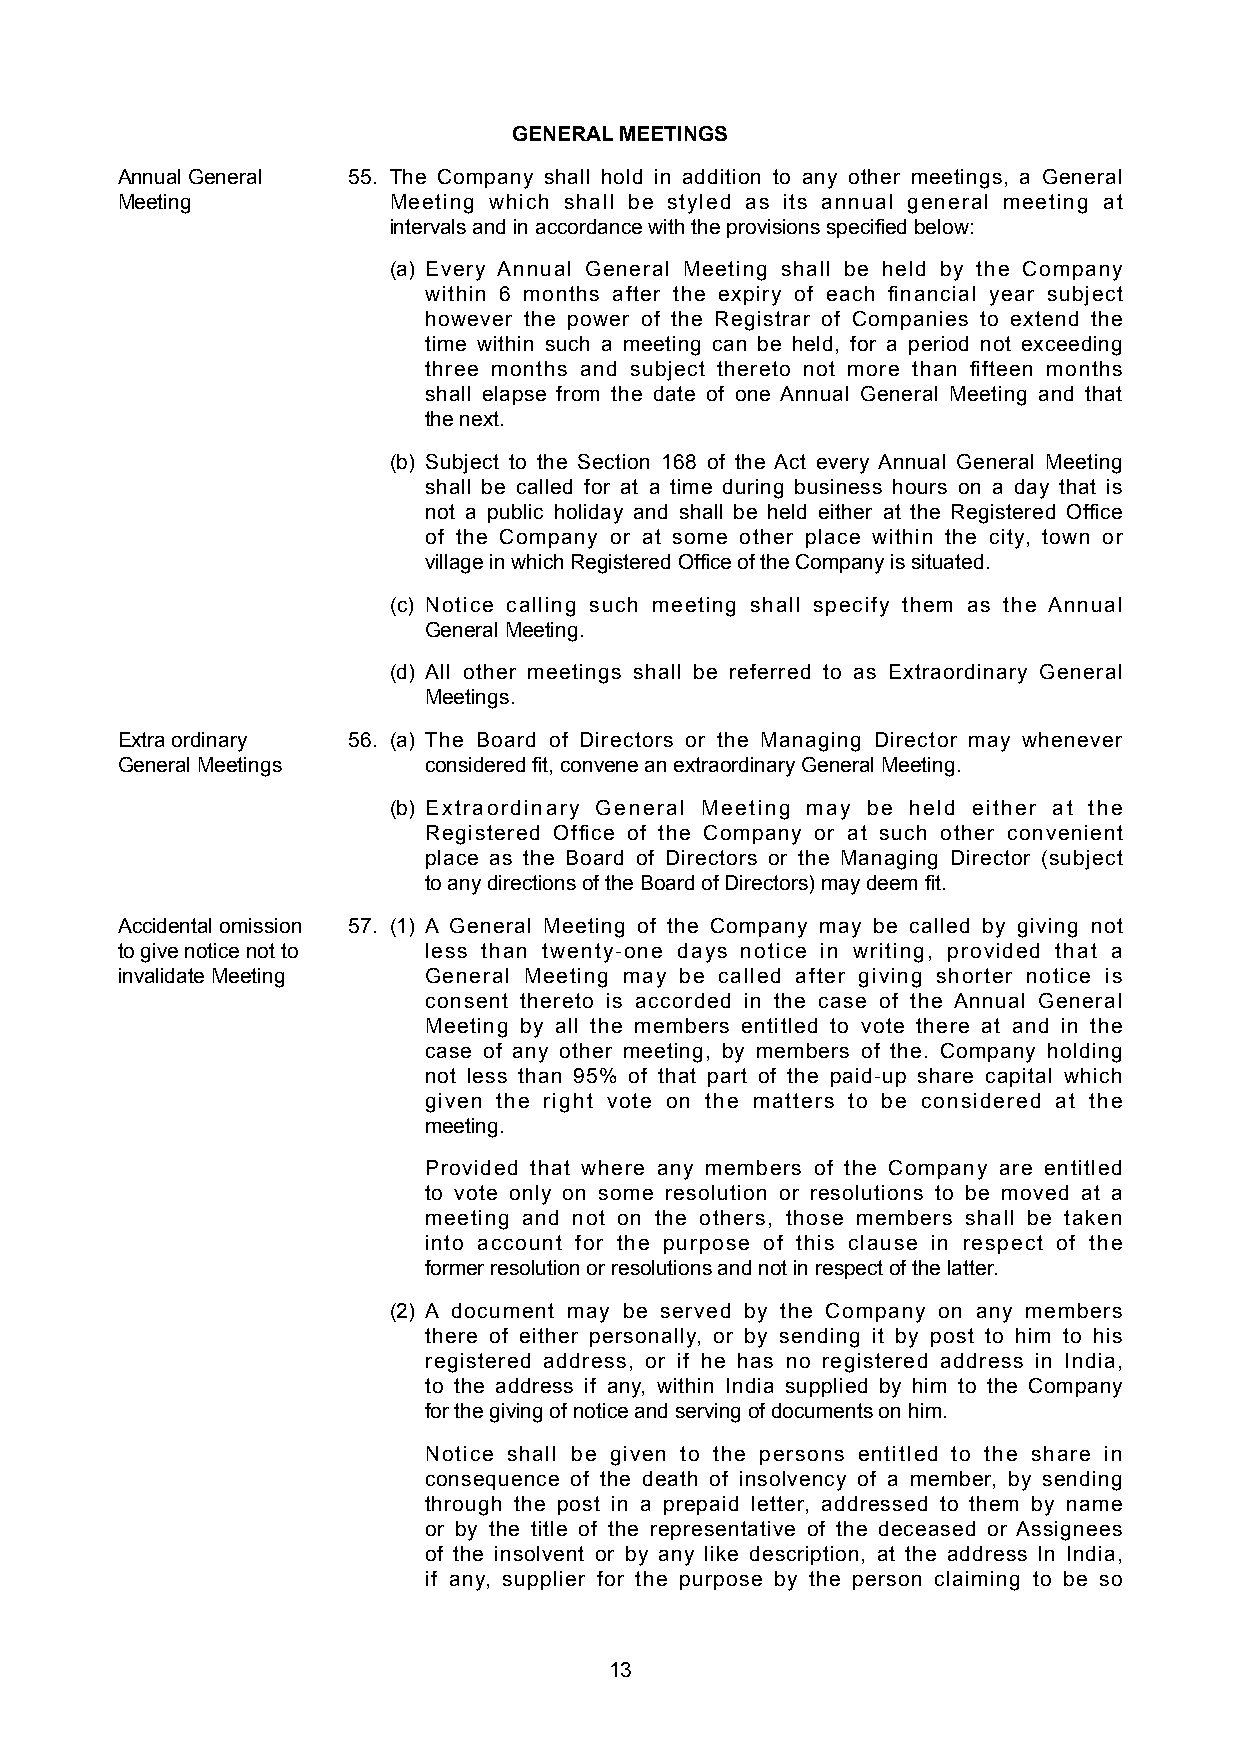
GENERAL MEETINGS
 Annual General 55. The Company shall hold in addition to any other meetings, a General
 Meeting           Meeting which shall be styled as its annual general meeting at
 intervals and in accordance with the provisions specified below:
 (a) Every Annual General Meeting shall be held by the Company
 within 6 months after the expiry of each financial year subject
 however the power of the Registrar of Companies to extend the
 time within such a meeting can be held, for a period not exceeding
 three months and subject thereto not more than fifteen months
 shall elapse from the date of one Annual General Meeting and that
 the next.
 (b) Subject to the Section 168 of the Act every Annual General Meeting
 shall be called for at a time during business hours on a day that is
 not a public holiday and shall be held either at the Registered Office
 of the Company or at some other place within the city, town or
 village in which Registered Office of the Company is situated.
 (c) Notice calling such meeting shall specify them as the Annual
 General Meeting.
 (d) All other meetings shall be referred to as Extraordinary General
 Meetings.
 Extra ordinary 56. (a) The Board of Directors or the Managing Director may whenever
 General Meetings    considered fit, convene an extraordinary General Meeting.
 (b) Extraordinary General Meeting may be held either at the
 Registered Office of the Company or at such other convenient
 place as the Board of Directors or the Managing Director (subject
 to any directions of the Board of Directors) may deem fit.
 Accidental omission 57. (1) A General Meeting of the Company may be called by giving not
 to give notice not to less than twenty-one days notice in writing, provided that a
 invalidate Meeting  General Meeting may be called after giving shorter notice is
 consent thereto is accorded in the case of the Annual General
 Meeting by all the members entitled to vote there at and in the
 case of any other meeting, by members of the. Company holding
 not less than 95% of that part of the paid-up share capital which
 given the right vote on the matters to be considered at the
 meeting.
 Provided that where any members of the Company are entitled
 to vote only on some resolution or resolutions to be moved at a
 meeting and not on the others, those members shall be taken
 into account for the purpose of this clause in respect of the
 former resolution or resolutions and not in respect of the latter.
 (2) A document may be served by the Company on any members
 there of either personally, or by sending it by post to him to his
 registered address, or if he has no registered address in India,
 to the address if any, within India supplied by him to the Company
 for the giving of notice and serving of documents on him.
 Notice shall be given to the persons entitled to the share in
 consequence of the death of insolvency of a member, by sending
 through the post in a prepaid letter, addressed to them by name
 or by the title of the representative of the deceased or Assignees
 of the insolvent or by any like description, at the address In India,
 if any, supplier for the purpose by the person claiming to be so
 13